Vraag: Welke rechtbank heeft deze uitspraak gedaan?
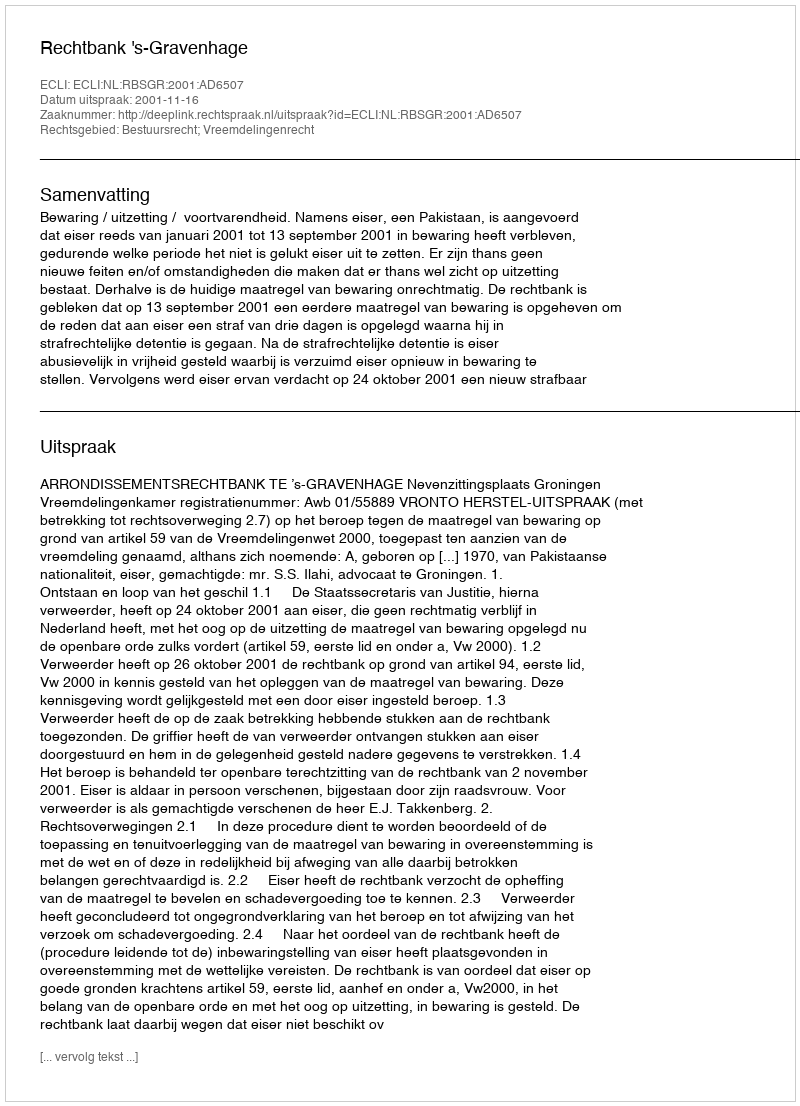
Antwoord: Rechtbank 's-Gravenhage